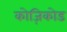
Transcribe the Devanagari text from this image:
कोज़िकोड